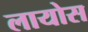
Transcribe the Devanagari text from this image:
लायोस